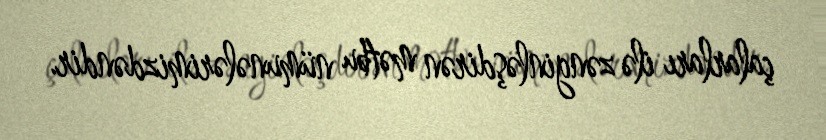
çalarları ilə zənginləşdirən mətbu nümunələrimizdəndir.